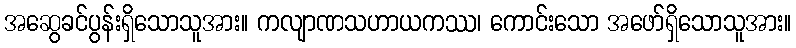
အဆွေခင်ပွန်းရှိသောသူအား။ ကလျာဏသဟာယကဿ၊ ကောင်းသော အဖော်ရှိသောသူအား။